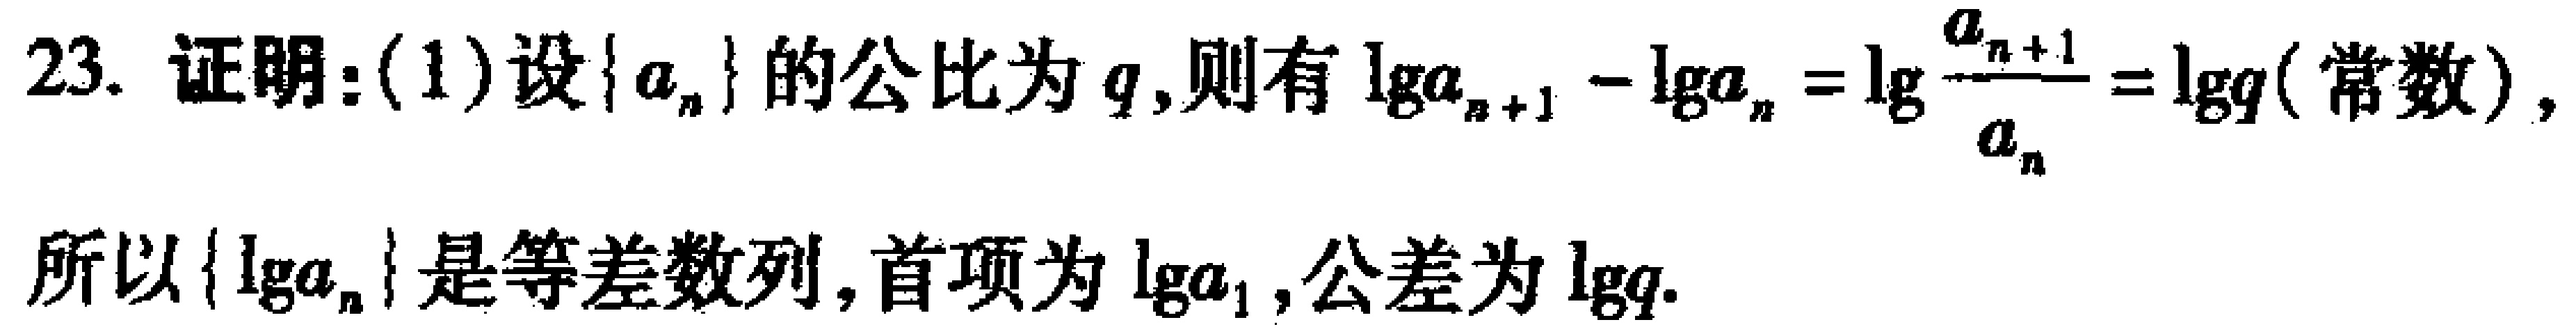
23. 证明：(1)设\(\{a_{n}\}\)的公比为\(q\)，则有\(\lg a_{n + 1}-\lg a_{n}=\lg\frac{a_{n + 1}}{a_{n}}=\lg q\)（常数），

所以\(\{\lg a_{n}\}\)是等差数列，首项为\(\lg a_{1}\)，公差为\(\lg q\).